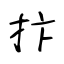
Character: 抃